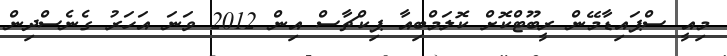
މިއީ ސްޕައިޑާމޭން ރީބޫޓްކޮށް ކޮލަމްބިއާ ޕިކްޗާސް އިން 2012 ވަނަ އަހަރު ގެނެސްދިން